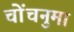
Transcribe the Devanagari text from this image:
चोंचनुमा